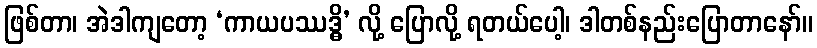
ဖြစ်တာ၊ အဲဒါကျတော့ ‘ကာယပဿဒ္ဓိ’ လို့ ပြောလို့ ရတယ်ပေါ့၊ ဒါတစ်နည်းပြောတာနော်။